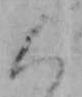
く